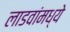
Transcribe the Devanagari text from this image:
लाडवांमध्ये